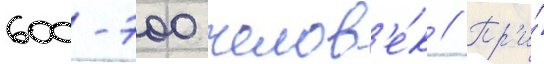
600-700 челов'е́к // Пр'и́